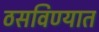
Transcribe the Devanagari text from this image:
ठसविण्यात